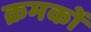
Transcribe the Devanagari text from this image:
क्रमकों